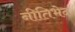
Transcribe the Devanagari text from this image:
नीतिभेद